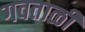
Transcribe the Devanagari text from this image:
गवताळी